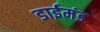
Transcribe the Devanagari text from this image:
डाईमंड